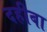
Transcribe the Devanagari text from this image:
दहीबा